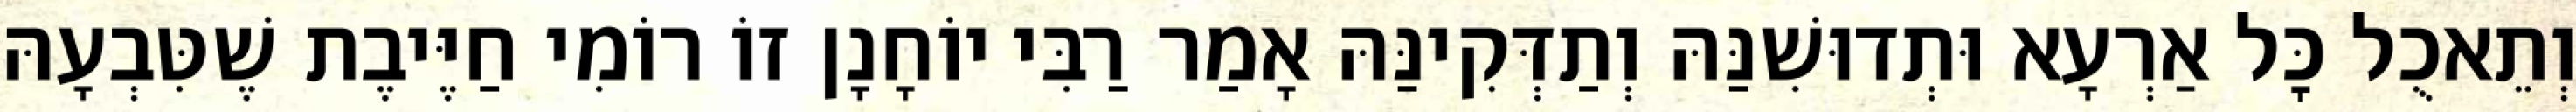
וְתֵאכֻל כׇּל אַרְעָא וּתְדוּשִׁנַּהּ וְתַדְּקִינַּהּ אָמַר רַבִּי יוֹחָנָן זוֹ רוֹמִי חַיֶּיבֶת שֶׁטִּבְעָהּ